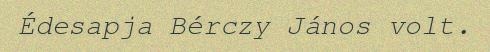
Édesapja Bérczy János volt.